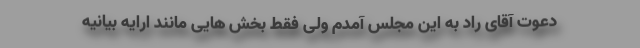
دعوت آقای راد به این مجلس آمدم ولی فقط بخش هایی مانند ارایه بیانیه